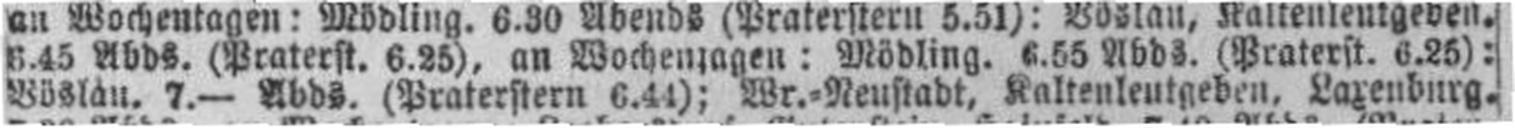
Böslau. 7.— Abds. (Praterstern 6.44); Wr.=Neustadt, Kaltenleutgeben, Laxenburg.